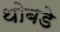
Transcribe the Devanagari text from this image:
थोबडे